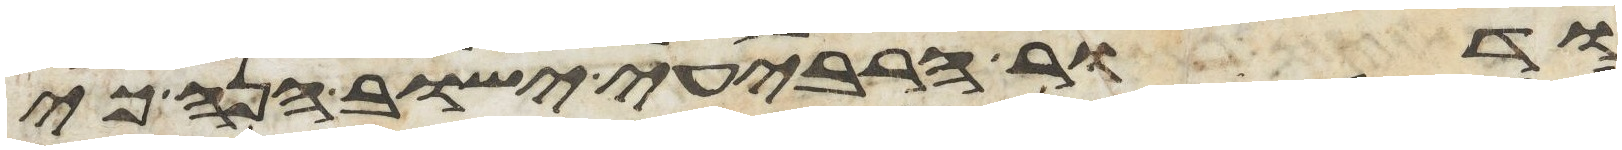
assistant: ודור הרביעי ישוב הנה כי